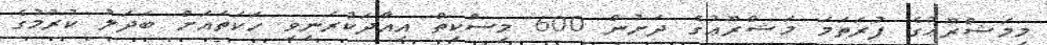
މިމަޝްރޫޢުގެ ފުރަތަމަ މަޝްރޫޢުގެ ދަށުން 600 މިސްކިތް އިއާދަކުރަނިވި ހަކަތައަށް ބަދަލު ކުރުމުގެ